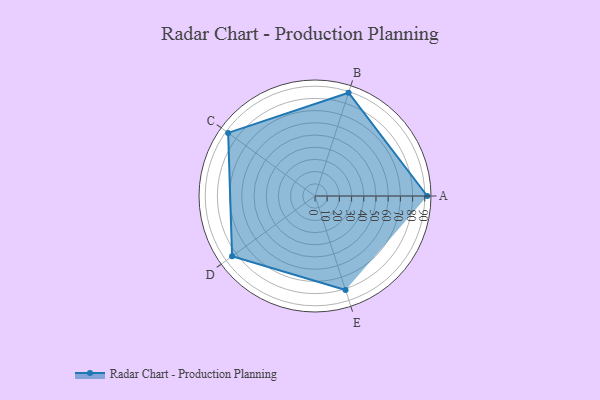
{"axis": {"x": "Skill", "y": "Score"}, "legend": ["Profile"], "data": [{"x": "A", "y": 92.0, "type": "Profile"}, {"x": "B", "y": 89.0, "type": "Profile"}, {"x": "C", "y": 88.0, "type": "Profile"}, {"x": "D", "y": 84.0, "type": "Profile"}, {"x": "E", "y": 81.0, "type": "Profile"}]}